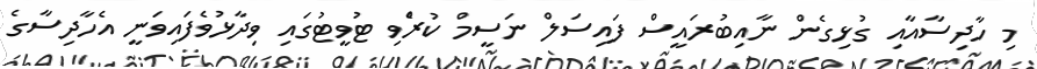
މި ހާދިސާއާއި ގުޅިގެން ނާއިބުރައީސް ފައިސަލް ނަސީމް ކުރެްވި ޓުވީޓުގައި ވިދާޅުވެފައިވަނީ އެހާދިސާގެ